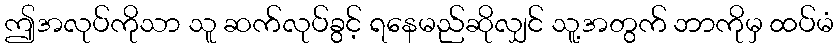
ဤအလုပ်ကိုသာ သူ ဆက်လုပ်ခွင့် ရနေမည်ဆိုလျှင် သူ့အတွက် ဘာကိုမှ ထပ်မံ